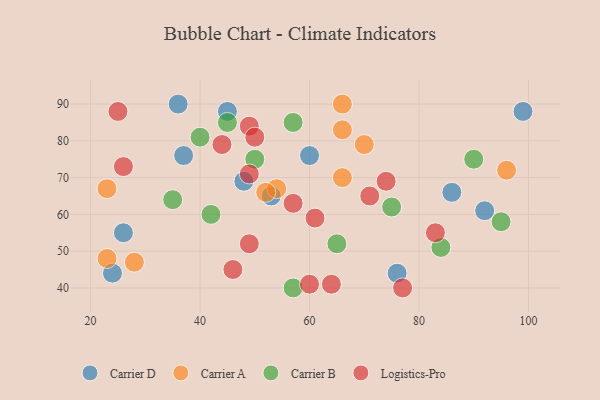
{"axis": {"x": "GDP", "y": "Life Expectancy"}, "legend": ["Carrier A", "Carrier B", "Carrier D", "Logistics-Pro"], "data": [{"x": "76", "y": 44, "type": "Carrier D"}, {"x": "99", "y": 88, "type": "Carrier D"}, {"x": "24", "y": 44, "type": "Carrier D"}, {"x": "36", "y": 90, "type": "Carrier D"}, {"x": "92", "y": 61, "type": "Carrier D"}, {"x": "26", "y": 55, "type": "Carrier D"}, {"x": "37", "y": 76, "type": "Carrier D"}, {"x": "60", "y": 76, "type": "Carrier D"}, {"x": "48", "y": 69, "type": "Carrier D"}, {"x": "86", "y": 66, "type": "Carrier D"}, {"x": "53", "y": 65, "type": "Carrier D"}, {"x": "45", "y": 88, "type": "Carrier D"}, {"x": "54", "y": 67, "type": "Carrier A"}, {"x": "52", "y": 66, "type": "Carrier A"}, {"x": "66", "y": 70, "type": "Carrier A"}, {"x": "66", "y": 90, "type": "Carrier A"}, {"x": "66", "y": 83, "type": "Carrier A"}, {"x": "28", "y": 47, "type": "Carrier A"}, {"x": "96", "y": 72, "type": "Carrier A"}, {"x": "23", "y": 48, "type": "Carrier A"}, {"x": "23", "y": 67, "type": "Carrier A"}, {"x": "70", "y": 79, "type": "Carrier A"}, {"x": "57", "y": 85, "type": "Carrier B"}, {"x": "95", "y": 58, "type": "Carrier B"}, {"x": "57", "y": 40, "type": "Carrier B"}, {"x": "50", "y": 75, "type": "Carrier B"}, {"x": "40", "y": 81, "type": "Carrier B"}, {"x": "45", "y": 85, "type": "Carrier B"}, {"x": "90", "y": 75, "type": "Carrier B"}, {"x": "65", "y": 52, "type": "Carrier B"}, {"x": "84", "y": 51, "type": "Carrier B"}, {"x": "75", "y": 62, "type": "Carrier B"}, {"x": "35", "y": 64, "type": "Carrier B"}, {"x": "42", "y": 60, "type": "Carrier B"}, {"x": "74", "y": 69, "type": "Logistics-Pro"}, {"x": "49", "y": 52, "type": "Logistics-Pro"}, {"x": "49", "y": 84, "type": "Logistics-Pro"}, {"x": "25", "y": 88, "type": "Logistics-Pro"}, {"x": "57", "y": 63, "type": "Logistics-Pro"}, {"x": "61", "y": 59, "type": "Logistics-Pro"}, {"x": "46", "y": 45, "type": "Logistics-Pro"}, {"x": "77", "y": 40, "type": "Logistics-Pro"}, {"x": "83", "y": 55, "type": "Logistics-Pro"}, {"x": "26", "y": 73, "type": "Logistics-Pro"}, {"x": "44", "y": 79, "type": "Logistics-Pro"}, {"x": "71", "y": 65, "type": "Logistics-Pro"}, {"x": "49", "y": 71, "type": "Logistics-Pro"}, {"x": "60", "y": 41, "type": "Logistics-Pro"}, {"x": "64", "y": 41, "type": "Logistics-Pro"}, {"x": "50", "y": 81, "type": "Logistics-Pro"}]}